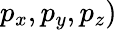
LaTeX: p_{x},p_{y},p_{z})